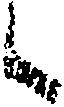
候